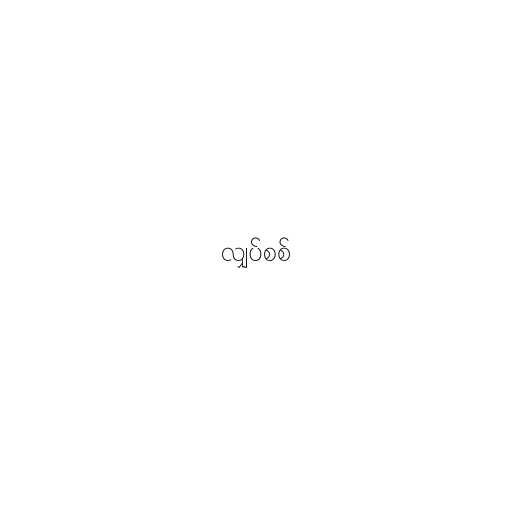
လျှပ်စစ်